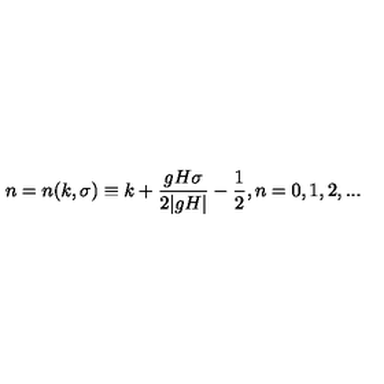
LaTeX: n = n ( k , \sigma ) \equiv k + \frac { g H \sigma } { 2 | g H | } - \frac { 1 } { 2 } , n = 0 , 1 , 2 , . . .